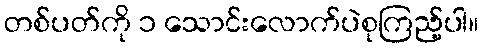
တစ်ပတ်ကို ၁ သောင်းလောက်ပဲစုကြည့်ပါ။